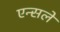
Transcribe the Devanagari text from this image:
एन्सले